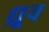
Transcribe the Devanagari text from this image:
ध्र्रूव